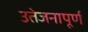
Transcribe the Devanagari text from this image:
उतेजनापूर्ण